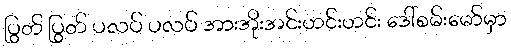
ပြွတ် ပြွတ် ပလပ် ပလပ် အားအိုးအင်းဟင်းဟင်း ဒေါ်စမ်းမော်မှာ